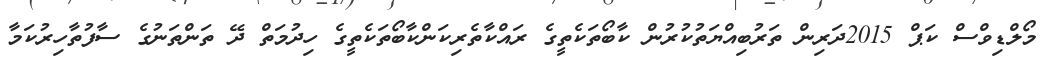
މޯލްޑިވްސް ކަޕް 2015ދަރިން ތަރުބިއްޔަތުކުރުން ކާބޯތަކެތީގެ ރައްކާތެރިކަންކާބޯތަކެތީގެ ހިދުމަތް ދޭ ތަންތަނުގެ ސާފުތާހިރުކަމާ